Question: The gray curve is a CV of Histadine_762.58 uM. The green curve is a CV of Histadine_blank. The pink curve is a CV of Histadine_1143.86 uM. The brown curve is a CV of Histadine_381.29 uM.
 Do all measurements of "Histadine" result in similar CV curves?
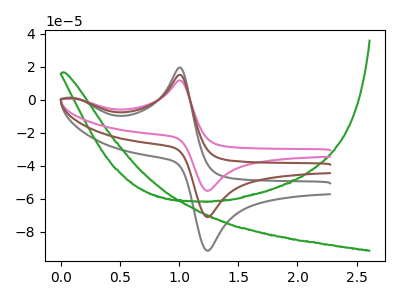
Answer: <think>The gray curve "Histadine_762.58 uM" has an anodic peak at (1.00V, 19.65uA) and a cathodic peak at (1.25V, -91.30uA). The green curve "Histadine_blank" has no peaks. The pink curve "Histadine_1143.86 uM" has an anodic peak at (1.00V, 30.55uA) and a cathodic peak at (1.25V, -141.70uA). The brown curve "Histadine_381.29 uM" has an anodic peak at (1.00V, 15.25uA) and a cathodic peak at (1.25V, -70.85uA).
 "Histadine_762.58 uM" and "Histadine_blank" have a different number of peaks. All the peaks in "Histadine_762.58 uM" have a peak in "Histadine_1143.86 uM" at the same potential. Every peak in "Histadine_762.58 uM" is lower than every peak in "Histadine_1143.86 uM". All the peaks in "Histadine_762.58 uM" have a peak in "Histadine_381.29 uM" at the same potential. Every peak in "Histadine_762.58 uM" is higher than every peak in "Histadine_381.29 uM". "Histadine_blank" and "Histadine_1143.86 uM" have a different number of peaks. "Histadine_blank" and "Histadine_381.29 uM" have a different number of peaks. All the peaks in "Histadine_1143.86 uM" have a peak in "Histadine_381.29 uM" at the same potential. Every peak in "Histadine_1143.86 uM" is higher than every peak in "Histadine_381.29 uM".</think>
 <answer>All the CV's of "Histadine" have similar shape.</answer>
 <eval>follow_rule</eval>